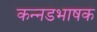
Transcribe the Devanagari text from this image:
कन्‍नडभाषक